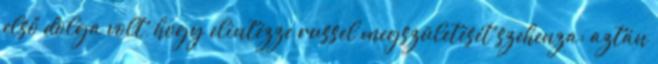
első dolga volt, hogy elintézze russel megszületését szehenza: aztán